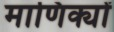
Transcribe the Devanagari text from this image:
माणिक्यों